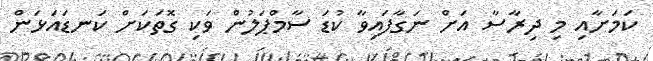
ކަމަށާއި މި ދިރާސާ އަށް ނަގާފައިވާ ކުޑަ ސާމްޕަލުން ވަކި ގޮތަކަށް ކަނޑައަޅަން